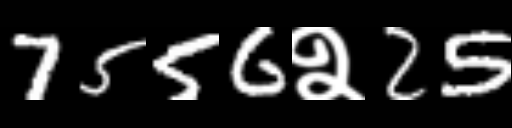
Text: 7556२25